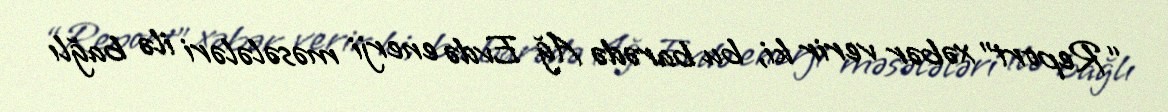
“Report” xəbər verir ki, bu barədə Ağ Evdə enerji məsələləri ilə bağlı